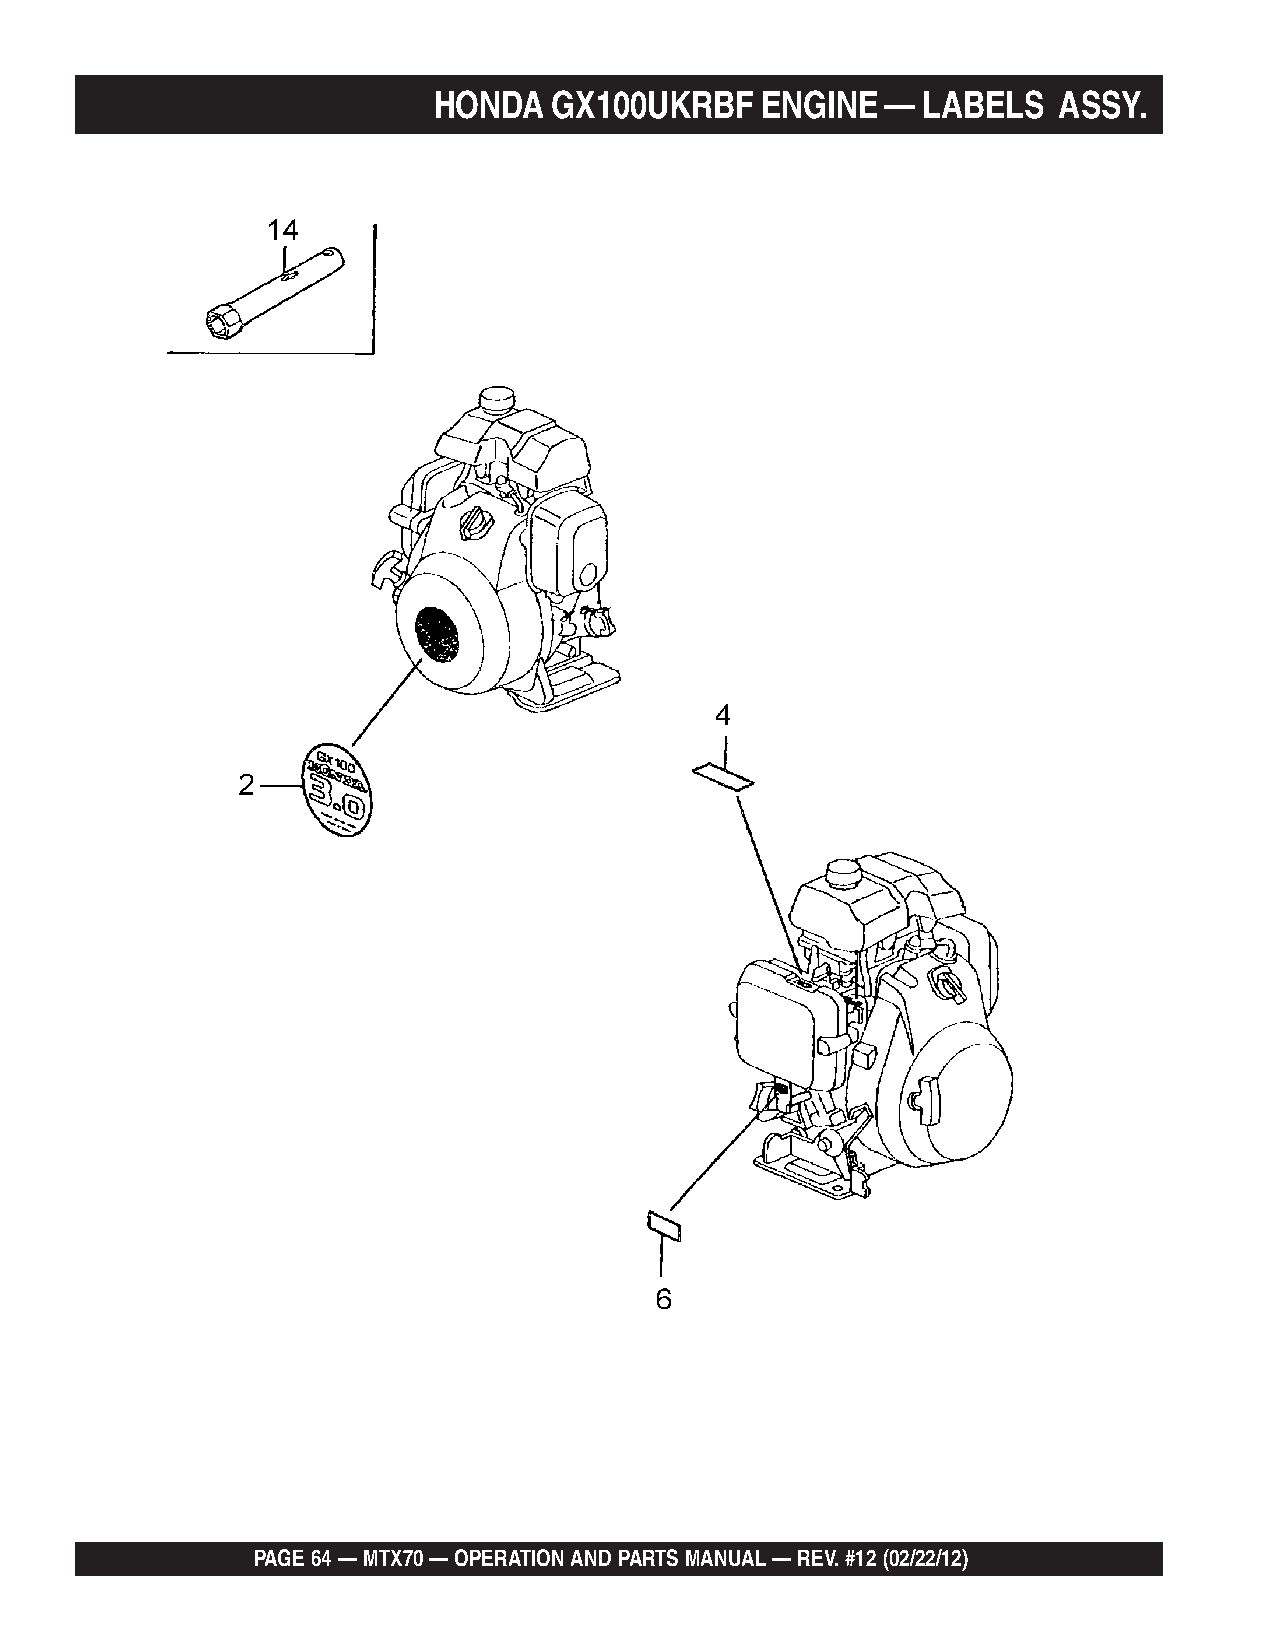
HONDA  GX100UKRBF    ENGINE   — LABELS   ASSY.
 PAGE 64 — MTX70 — OPERATION AND PARTS MANUAL — REV. #12 (02/22/12)